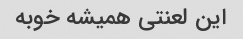
این لعنتی همیشه خوبه